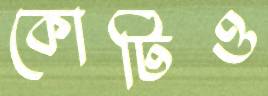
কোটিও